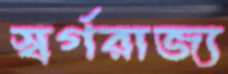
স্বর্গরাজ্য